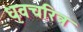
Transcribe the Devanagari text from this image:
धृवचरित्र